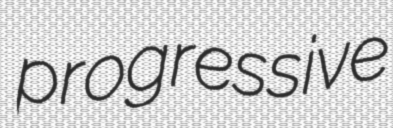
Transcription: progressive